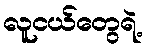
လူငယ်တွေရဲ့